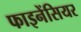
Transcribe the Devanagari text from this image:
फाइनेंसियर